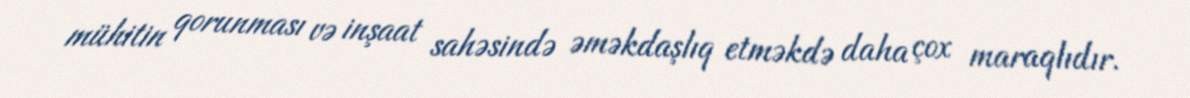
mühitin qorunması və inşaat sahəsində əməkdaşlıq etməkdə daha çox maraqlıdır.